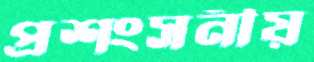
প্রশংসনীয়